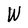
Character: W